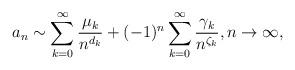
LaTeX: \begin{align*}a_n \sim \sum_{k = 0}^{\infty} \frac{\mu_k}{ n^{d_k} } + (-1)^n\sum_{k = 0}^{\infty} \frac{\gamma_k}{ n^{\zeta_k} }, n\rightarrow\infty,\end{align*}